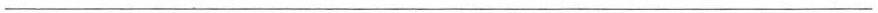
___